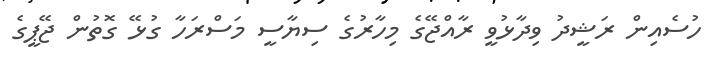
ހުސެއިން ރަޝީދު ވިދާޅުވީ ރާއްޖޭގެ މިހާރުގެ ސިޔާސީ މަސްރަހާ ގުޅޭ ގޮތުން ޖޭޕީގެ